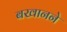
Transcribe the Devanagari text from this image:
बखानने